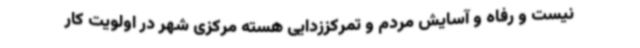
نیست و رفاه و آسایش مردم و تمرکززدایی هسته مرکزی شهر در اولویت کار